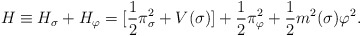
\begin{align*}H \equiv H_\sigma + H_\varphi = [ \frac{1}{2} \pi^2_\sigma + V(\sigma)] +\frac{1}{2} \pi^2_\varphi + \frac{1}{2} m^2(\sigma)\varphi^2 .\end{align*}